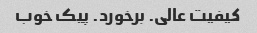
کیفیت عالی. برخورد. پیک خوب